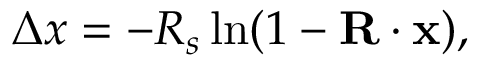
\Delta x = - R _ { s } \ln ( 1 - \mathbf { R } \cdot \mathbf { x } ) ,